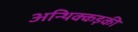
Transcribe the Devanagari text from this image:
अन्थिक्कड़की